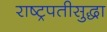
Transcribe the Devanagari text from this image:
राष्ट्रपतीसुद्धा